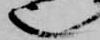
也